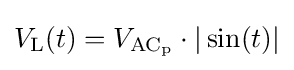
V_{\mathrm {L} }(t)=V_{\mathrm {AC_{p}} }\cdot |\sin(t)|